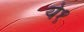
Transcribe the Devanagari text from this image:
ये१